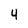
Character: 4